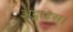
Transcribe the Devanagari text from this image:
अट्ठाइस।